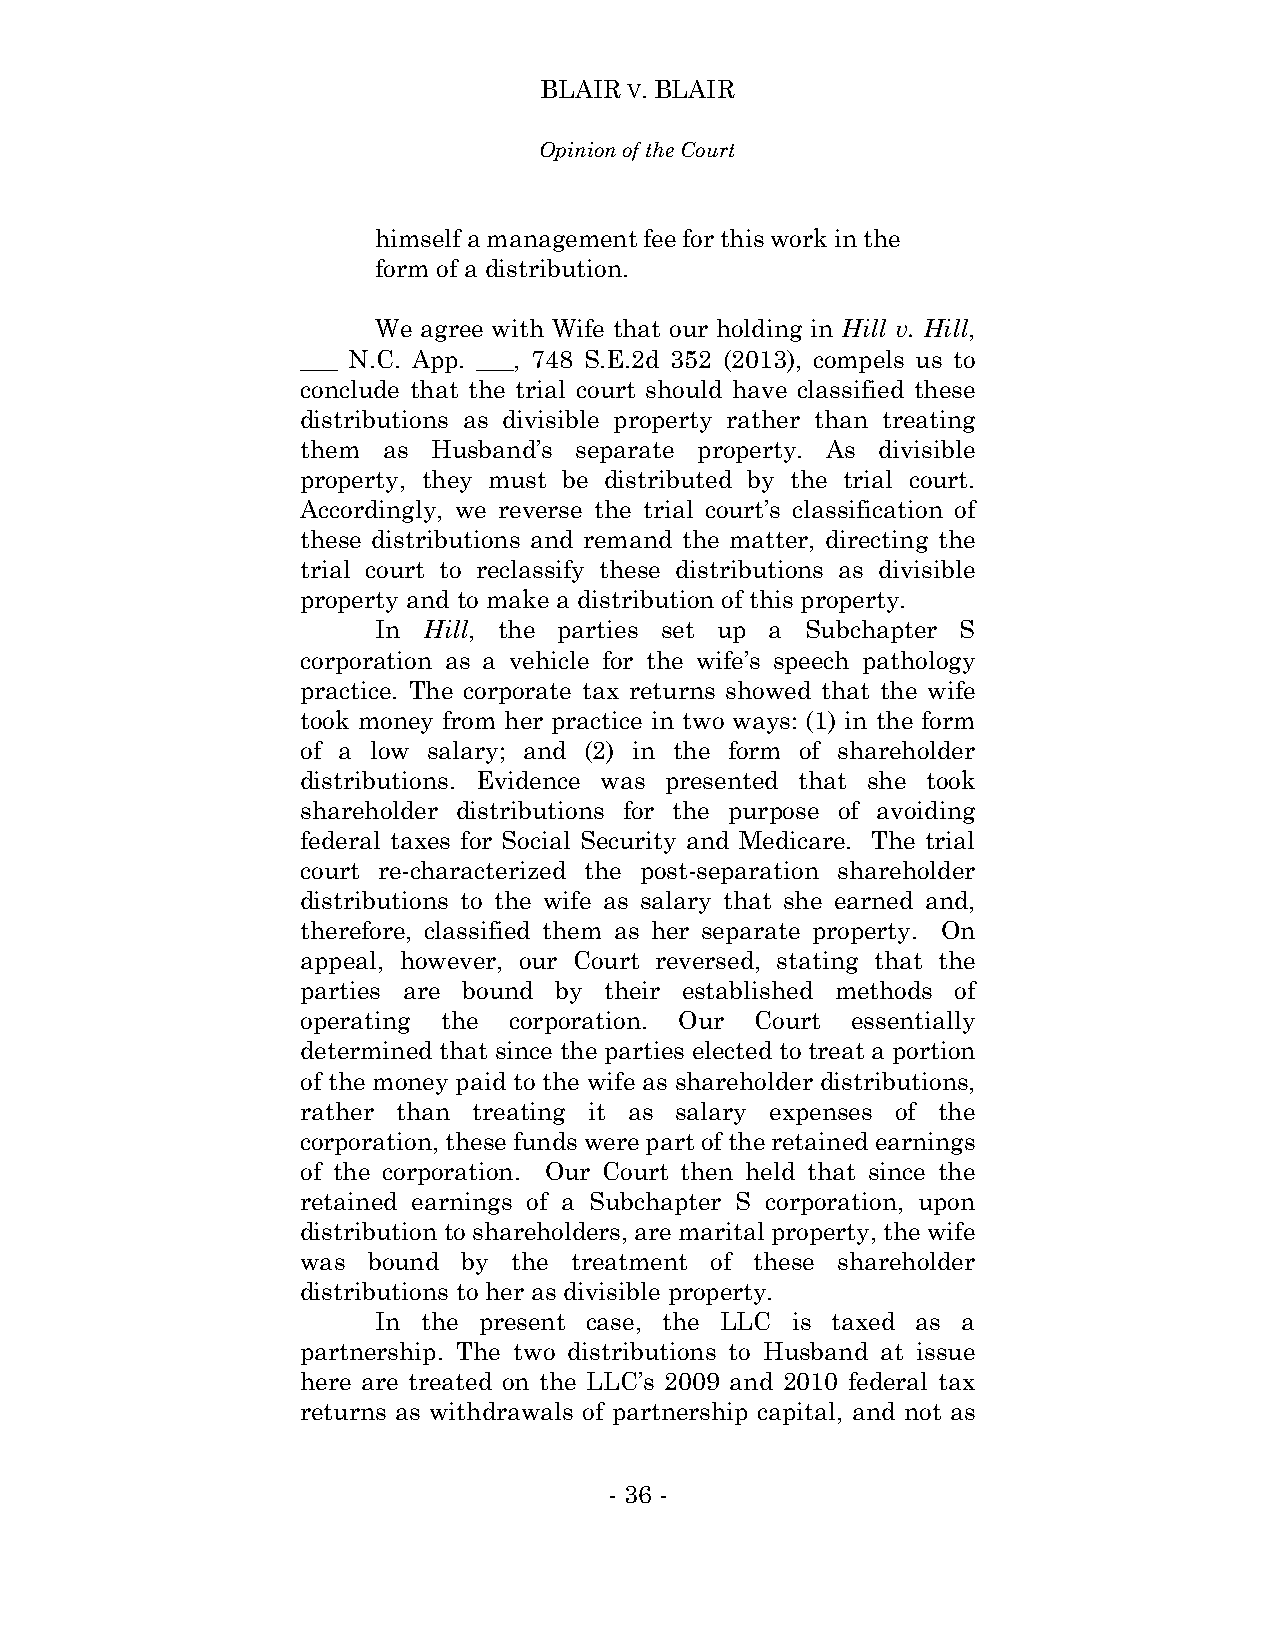
BLAIR V. BLAIR
 Opinion of the Court
 himself a management fee for this work in the
 form of a distribution.
 We agree with Wife that our holding in Hill v. Hill,
 ___ N.C. App. ___, 748 S.E.2d 352 (2013), compels us to
 conclude that the trial court should have classified these
 distributions as divisible property rather than treating
 them as  Husband’s separate property. As divisible
 property, they must be distributed by the trial court.
 Accordingly, we reverse the trial court’s classification of
 these distributions and remand the matter, directing the
 trial court to reclassify these distributions as divisible
 property and to make a distribution of this property.
 In Hill, the parties set up a Subchapter S
 corporation as a vehicle for the wife’s speech pathology
 practice. The corporate tax returns showed that the wife
 took money from her practice in two ways: (1) in the form
 of a low salary; and (2) in the form of shareholder
 distributions. Evidence was presented that she took
 shareholder distributions for the purpose of avoiding
 federal taxes for Social Security and Medicare. The trial
 court re-characterized the post-separation shareholder
 distributions to the wife as salary that she earned and,
 therefore, classified them as her separate property. On
 appeal, however, our Court reversed, stating that the
 parties are bound by their established methods of
 operating the corporation. Our Court essentially
 determined that since the parties elected to treat a portion
 of the money paid to the wife as shareholder distributions,
 rather than treating it as salary expenses of the
 corporation, these funds were part of the retained earnings
 of the corporation. Our Court then held that since the
 retained earnings of a Subchapter S corporation, upon
 distribution to shareholders, are marital property, the wife
 was bound  by the treatment of these shareholder
 distributions to her as divisible property.
 In the present case, the LLC is taxed as a
 partnership. The two distributions to Husband at issue
 here are treated on the LLC’s 2009 and 2010 federal tax
 returns as withdrawals of partnership capital, and not as
 - 36 -